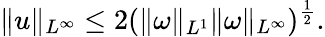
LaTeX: \| u\| _{L^{\infty}}\leq 2(\| \omega\| _{L^{1}}\| \omega\| _{L^{\infty}})^{\frac{1}{2}}.